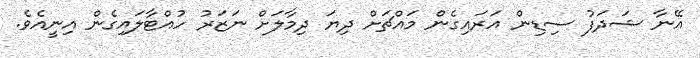
އޭނާ ޝަދަފު ސިޑިން އަރައިގެން މައްޗަށް ދިޔަ ދިމާލަށް ނަޒަރު ހުއްޓާލައިގެން އިނީއެވެ.